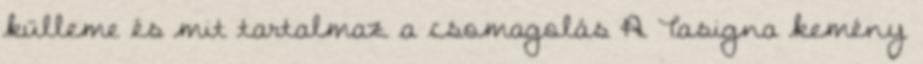
külleme és mit tartalmaz a csomagolás A Tasigna kemény